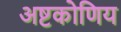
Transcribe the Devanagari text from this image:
अष्टकोणिय